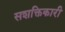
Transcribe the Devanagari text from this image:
सशक्तिकारी